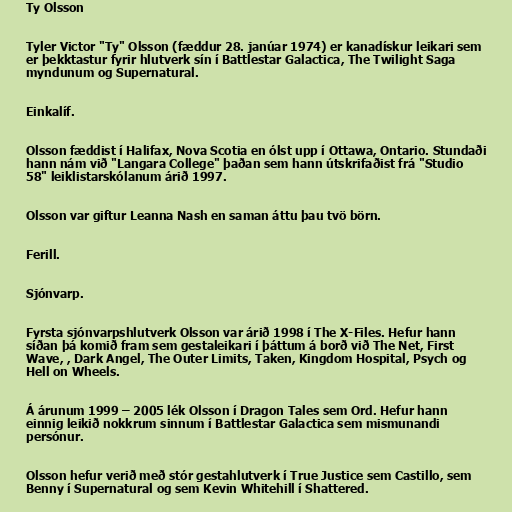
Ty Olsson

Tyler Victor "Ty" Olsson (fæddur 28. janúar 1974) er kanadískur leikari sem
er þekktastur fyrir hlutverk sín í Battlestar Galactica, The Twilight Saga
myndunum og Supernatural.

Einkalíf.

Olsson fæddist í Halifax, Nova Scotia en ólst upp í Ottawa, Ontario. Stundaði
hann nám við "Langara College" þaðan sem hann útskrifaðist frá "Studio
58" leiklistarskólanum árið 1997.

Olsson var giftur Leanna Nash en saman áttu þau tvö börn.

Ferill.

Sjónvarp.

Fyrsta sjónvarpshlutverk Olsson var árið 1998 í The X-Files. Hefur hann
síðan þá komið fram sem gestaleikari í þáttum á borð við The Net, First
Wave, , Dark Angel, The Outer Limits, Taken, Kingdom Hospital, Psych og
Hell on Wheels.

Á árunum 1999 – 2005 lék Olsson í Dragon Tales sem Ord. Hefur hann
einnig leikið nokkrum sinnum í Battlestar Galactica sem mismunandi
persónur.

Olsson hefur verið með stór gestahlutverk í True Justice sem Castillo, sem
Benny í Supernatural og sem Kevin Whitehill í Shattered.